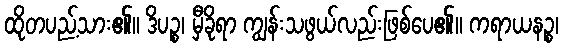
ထိုတပည့်သား၏။ ဒိပဉ္စ၊ မှီခိုရာ ကျွန်းသဖွယ်လည်းဖြစ်ပေ၏။ ကရာယနဉ္စ၊